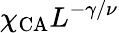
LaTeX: \chi_{\mathrm{CA}}L^{-\gamma/\nu}